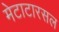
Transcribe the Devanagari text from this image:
मेटाटारसल